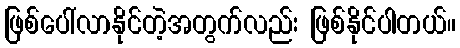
ဖြစ်ပေါ်လာနိုင်တဲ့အတွက်လည်း ဖြစ်နိုင်ပါတယ်။